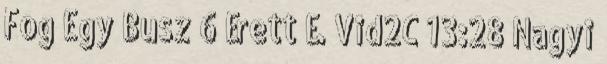
Fog Egy Busz 6 Érett É. Vid2C 13:28 Nagyi